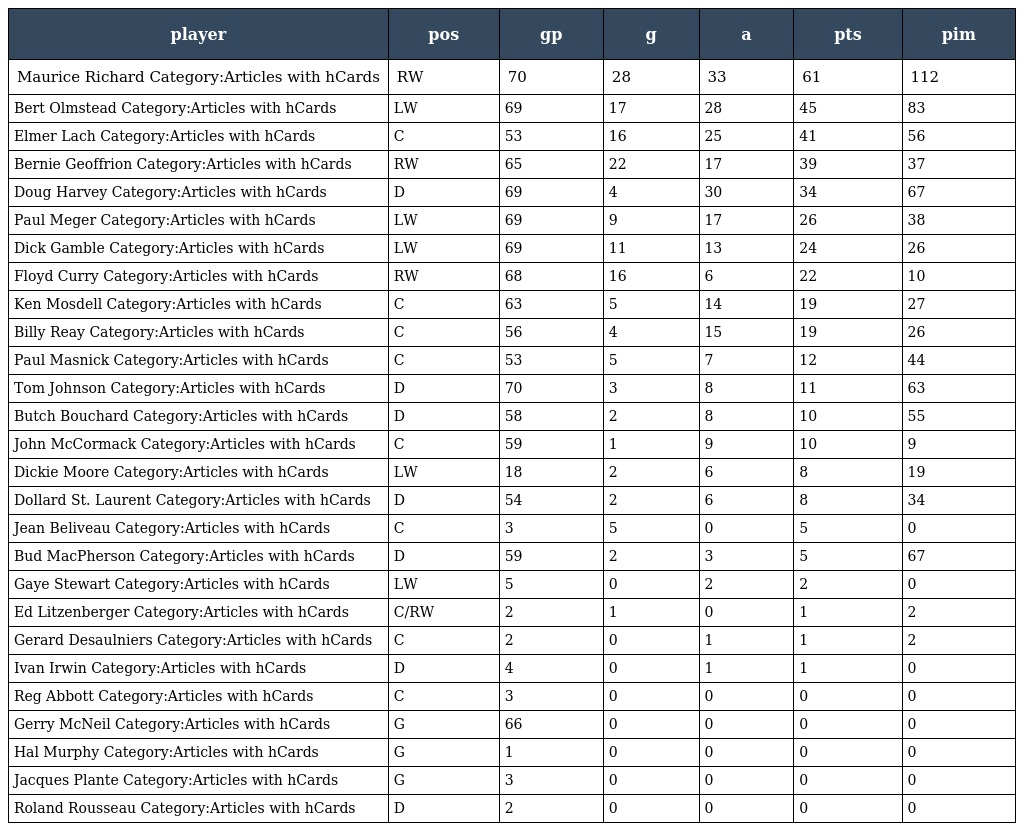
| player | pos | gp | g | a | pts | pim |
 | --- | --- | --- | --- | --- | --- | --- |
 | Maurice Richard Category:Articles with hCards | RW | 70 | 28 | 33 | 61 | 112 |
 | Bert Olmstead Category:Articles with hCards | LW | 69 | 17 | 28 | 45 | 83 |
 | Elmer Lach Category:Articles with hCards | C | 53 | 16 | 25 | 41 | 56 |
 | Bernie Geoffrion Category:Articles with hCards | RW | 65 | 22 | 17 | 39 | 37 |
 | Doug Harvey Category:Articles with hCards | D | 69 | 4 | 30 | 34 | 67 |
 | Paul Meger Category:Articles with hCards | LW | 69 | 9 | 17 | 26 | 38 |
 | Dick Gamble Category:Articles with hCards | LW | 69 | 11 | 13 | 24 | 26 |
 | Floyd Curry Category:Articles with hCards | RW | 68 | 16 | 6 | 22 | 10 |
 | Ken Mosdell Category:Articles with hCards | C | 63 | 5 | 14 | 19 | 27 |
 | Billy Reay Category:Articles with hCards | C | 56 | 4 | 15 | 19 | 26 |
 | Paul Masnick Category:Articles with hCards | C | 53 | 5 | 7 | 12 | 44 |
 | Tom Johnson Category:Articles with hCards | D | 70 | 3 | 8 | 11 | 63 |
 | Butch Bouchard Category:Articles with hCards | D | 58 | 2 | 8 | 10 | 55 |
 | John McCormack Category:Articles with hCards | C | 59 | 1 | 9 | 10 | 9 |
 | Dickie Moore Category:Articles with hCards | LW | 18 | 2 | 6 | 8 | 19 |
 | Dollard St. Laurent Category:Articles with hCards | D | 54 | 2 | 6 | 8 | 34 |
 | Jean Beliveau Category:Articles with hCards | C | 3 | 5 | 0 | 5 | 0 |
 | Bud MacPherson Category:Articles with hCards | D | 59 | 2 | 3 | 5 | 67 |
 | Gaye Stewart Category:Articles with hCards | LW | 5 | 0 | 2 | 2 | 0 |
 | Ed Litzenberger Category:Articles with hCards | C/RW | 2 | 1 | 0 | 1 | 2 |
 | Gerard Desaulniers Category:Articles with hCards | C | 2 | 0 | 1 | 1 | 2 |
 | Ivan Irwin Category:Articles with hCards | D | 4 | 0 | 1 | 1 | 0 |
 | Reg Abbott Category:Articles with hCards | C | 3 | 0 | 0 | 0 | 0 |
 | Gerry McNeil Category:Articles with hCards | G | 66 | 0 | 0 | 0 | 0 |
 | Hal Murphy Category:Articles with hCards | G | 1 | 0 | 0 | 0 | 0 |
 | Jacques Plante Category:Articles with hCards | G | 3 | 0 | 0 | 0 | 0 |
 | Roland Rousseau Category:Articles with hCards | D | 2 | 0 | 0 | 0 | 0 |